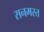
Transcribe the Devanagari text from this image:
सनमस्त